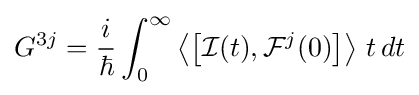
G^{3j}={\frac {i}{\hbar }}\int _{0}^{\infty }\left\langle \left[{\mathcal {I}}(t),{\mathcal {F}}^{j}(0)\right]\right\rangle \,t\,dt